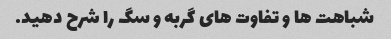
شباهت ها و تفاوت های گربه و سگ را شرح دهید.